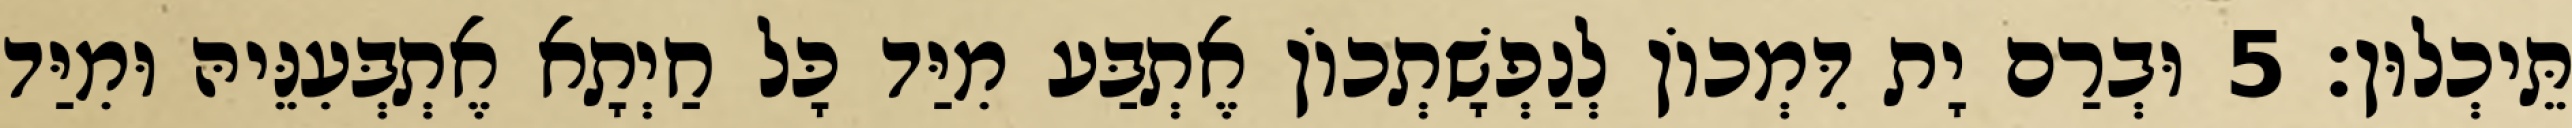
תֵּיכְלוּן׃ 5 וּבְרַם יָת דִּמְכוֹן לְנַפְשָׁתְכוֹן אֶתְבַּע מִיַּד כָּל חַיְתָא אֶתְבְּעִנֵּיהּ וּמִיַּד